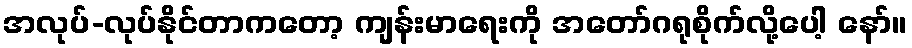
အလုပ်-လုပ်နိုင်တာကတော့ ကျန်းမာရေးကို အတော်ဂရုစိုက်လို့ပေါ့ နော်။